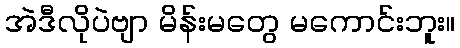
အဲဒီလိုပဲဗျာ မိန်းမတွေ မကောင်းဘူး။